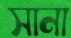
সানা